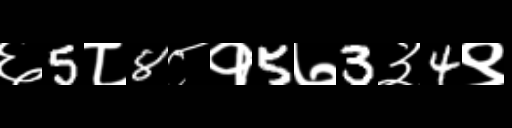
Text: ६5८8८१5७3३4९